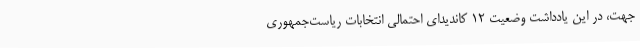
جهت، در این یادداشت وضعیت ۱۲ کاندیدای احتمالی انتخابات ریاست‌جمهوری